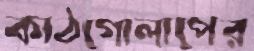
কাঠগোলাপের